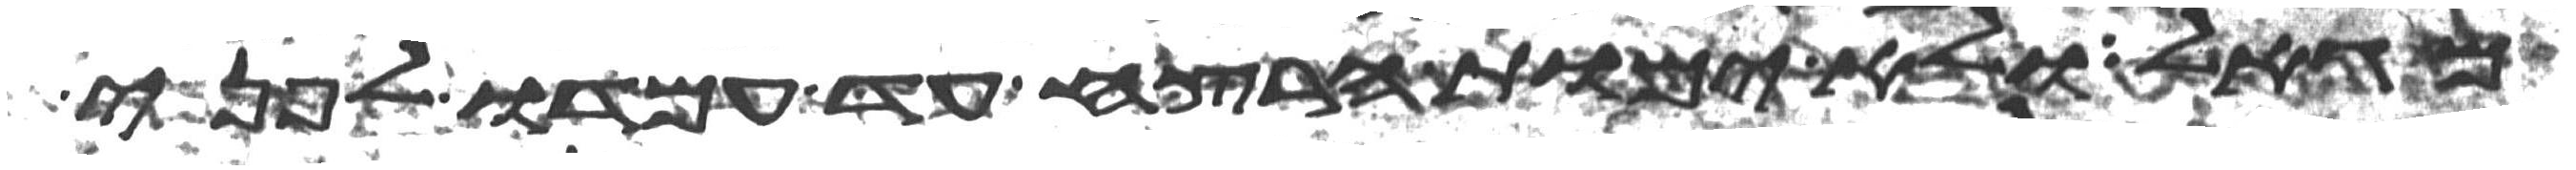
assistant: מגאל ולא יומת הרצח עד עמדו לפני